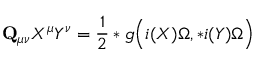
{ \bf Q } _ { \mu \nu } X ^ { \mu } Y ^ { \nu } = \frac 1 2 * g \Bigl ( i ( X ) \Omega , * i ( Y ) \Omega \Bigr )